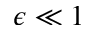
\epsilon \ll 1